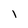
Character: l